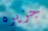
جزيره